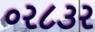
૦ર૮૩ર